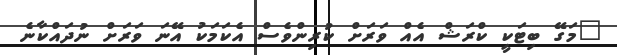
"މަގޭ ބިޓަކީ ކްރަޝް އެއް ވަރަށް ކުރިންވެސް އެކަމަކު އޭނަ ވަރަށް ނުދައްކާނެ